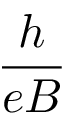
\frac { h } { e B }